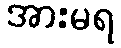
အားမရ